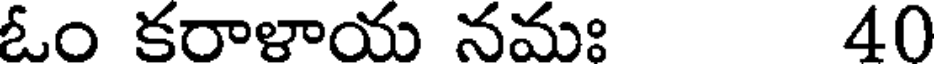
ఓం కరాళాయ నమః 40